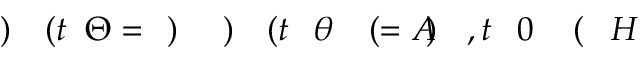
H \! \! \! \! \! \! \! \! \! \! \! \! ( \! \! \! \! \! \! \! \! \! \! \! \! 0 \! \! \! \! \! \! \! \! \! \! \! \! , t \! \! \! \! \! \! \! \! \! \! \! \! ) \! \! \! \! \! \! \! \! \! \! \! \! = A \! \! \! \! \! \! \! \! \! \! \! \! ( \! \! \! \! \! \! \! \! \! \! \! \! \theta \! \! \! \! \! \! \! \! \! \! \! \! ( t \! \! \! \! \! \! \! \! \! \! \! \! ) \! \! \! \! \! \! \! \! \! \! \! \! ) \! \! \! \! \! \! \! \! \! \! \! \! = \! \! \! \! \! \! \! \! \! \! \! \! \Theta \! \! \! \! \! \! \! \! \! \! \! \! ( t \! \! \! \! \! \! \! \! \! \! \! \! ) \! \! \! \! \! \! \! \! \! \! \!